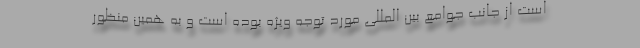
است از جانب جوامع بین المللی مورد توجه ویژه بوده است و به همین منظور